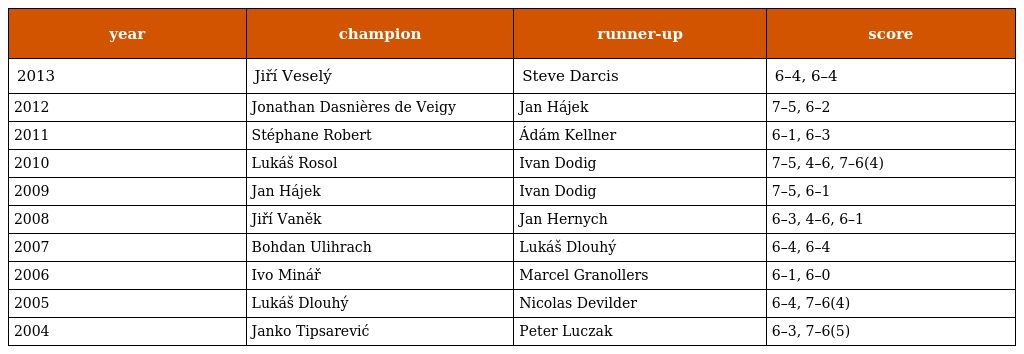
| year | champion | runner-up | score |
 | --- | --- | --- | --- |
 | 2013 | Jiří Veselý | Steve Darcis | 6–4, 6–4 |
 | 2012 | Jonathan Dasnières de Veigy | Jan Hájek | 7–5, 6–2 |
 | 2011 | Stéphane Robert | Ádám Kellner | 6–1, 6–3 |
 | 2010 | Lukáš Rosol | Ivan Dodig | 7–5, 4–6, 7–6(4) |
 | 2009 | Jan Hájek | Ivan Dodig | 7–5, 6–1 |
 | 2008 | Jiří Vaněk | Jan Hernych | 6–3, 4–6, 6–1 |
 | 2007 | Bohdan Ulihrach | Lukáš Dlouhý | 6–4, 6–4 |
 | 2006 | Ivo Minář | Marcel Granollers | 6–1, 6–0 |
 | 2005 | Lukáš Dlouhý | Nicolas Devilder | 6–4, 7–6(4) |
 | 2004 | Janko Tipsarević | Peter Luczak | 6–3, 7–6(5) |